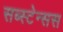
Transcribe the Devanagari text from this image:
सब्स्टेन्सस